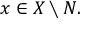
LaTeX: { x \in X \setminus N } .